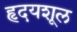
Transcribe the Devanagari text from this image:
हृदयशूल